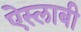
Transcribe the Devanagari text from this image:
ऐस्लाबी